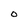
Character: O